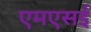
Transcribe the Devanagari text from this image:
एमएसई